Leningradi_Edasi_toimetus, lk 41
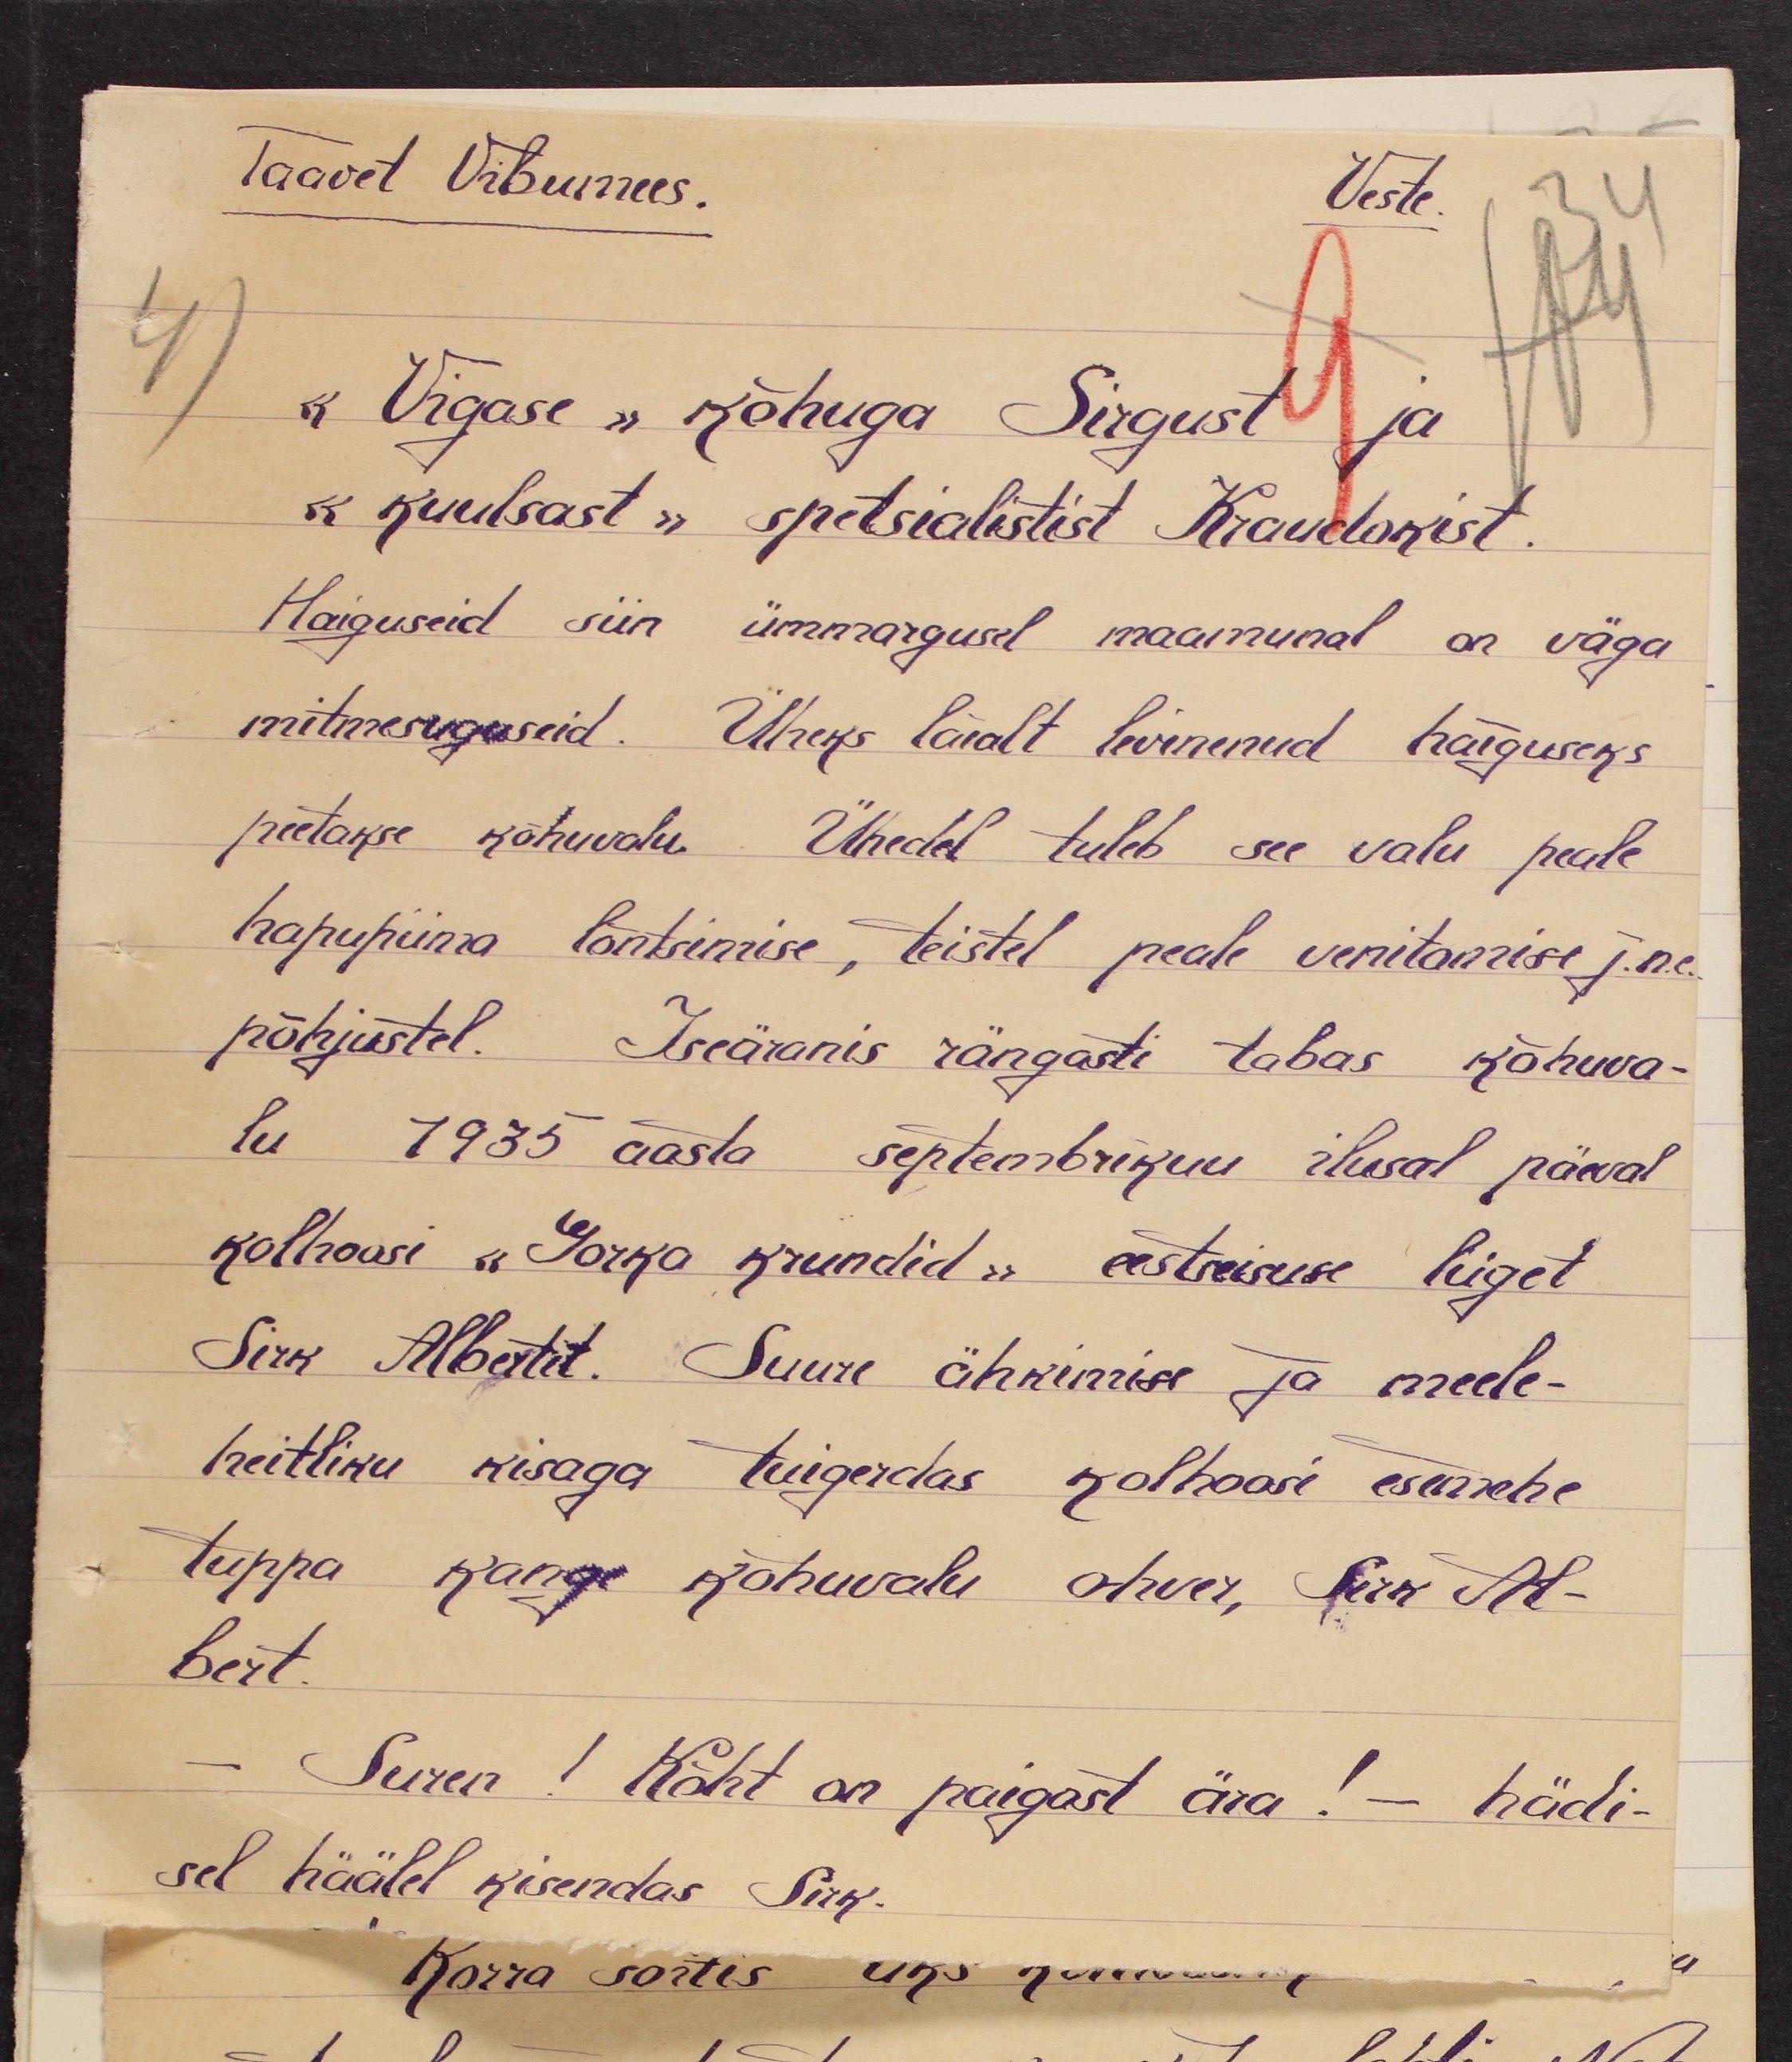
Taavet Vibumees.
Veste.
1)
" Vigase" Kõhuga Sirgust ja
" kuulsast" spetsialistist Kraudokist.
Haiguseid siin ümmargusel maamunal on väga
mitmesuguseid. Üheks laialt levinud haiguseks
peetakse kõhuvalu. Ühedel tuleb see valu peale
hapupiima lõntsimise, teistel peale venitamise j.n.e.
põhjustel. Iseäranis rängasti tabas kõhuva-
lu 1935 aasta septembrikuu ilusal päwal
kolhoosi "Gorka krundid" eesteisuse liiget
Sirk Albertit. Suure ähkimise ja meele-
heitliku kisaga tuigerdas kolhoosi esimehe
tuppa kange kohuvalu ohver, Sirk Al-
bert.
- Suren! Kõht on paigast ära! - hädi-
sel häälel kisendas Sirk.